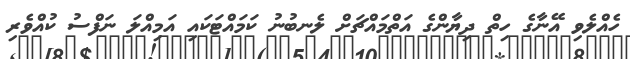
ހެއްލެވި އޭނާގެ ހިތް ދިޔާންގެ އަތްމައްޗަށް ލެނބުނު ކަމައްޓަކައި އަމިއްލަ ނަފްސު ކުއްވެރި